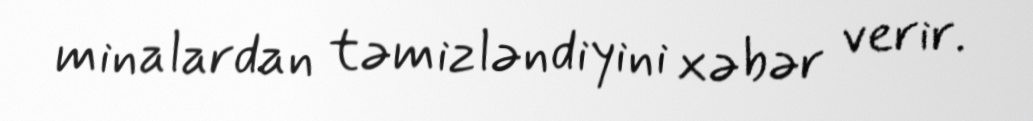
minalardan təmizləndiyini xəbər verir.